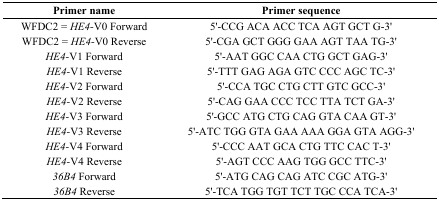
| Primer name | Primer sequence |
 | --- | --- |
 | WFDC2 = HE4-V0 Forward | 5′-CCG ACA ACC TCA AGT GCT G-3′ |
 | WFDC2 = HE4-V0 Reverse | 5′-CGA GCT GGG GAA AGT TAA TG-3′ |
 | HE4-V1 Forward | 5′-AAT GGC CAA CTG GCT GAG-3′ |
 | HE4-V1 Reverse | 5′-TTT GAG AGA GTC CCC AGC TC-3′ |
 | HE4-V2 Forward | 5′-CCA TGC CTG CTT GTC GCC-3′ |
 | HE4-V2 Reverse | 5′-CAG GAA CCC TCC TTA TCT GA-3′ |
 | HE4-V3 Forward | 5′-GCC ATG CTG CAG GTA CAA GT-3′ |
 | HE4-V3 Reverse | 5′-ATC TGG GTA GAA AAA GGA GTA AGG-3′ |
 | HE4-V4 Forward | 5′-CCC AAT GCA CTG TTC CAC T-3′ |
 | HE4-V4 Reverse | 5′-AGT CCC AAG TGG GCC TTC-3′ |
 | 36B4 Forward | 5′-ATG CAG CAG ATC CGC ATG-3′ |
 | 36B4 Reverse | 5′-TCA TGG TGT TCT TGC CCA TCA-3′ |